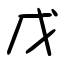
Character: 戊